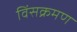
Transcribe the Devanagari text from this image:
विंसक्रमण